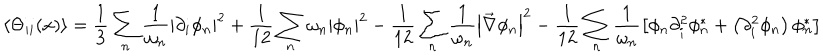
\left\langle \Theta _ { i i } ( x ) \right\rangle = \frac { 1 } { 3 } \sum _ { n } \frac { 1 } { \omega _ { n } } \left| \partial _ { i } \phi _ { n } \right| ^ { 2 } + \frac { 1 } { 1 2 } \sum _ { n } \omega _ { n } \left| \phi _ { n } \right| ^ { 2 } - \frac { 1 } { 1 2 } \sum _ { n } \frac { 1 } { \omega _ { n } } \left| \vec { \nabla } \phi _ { n } \right| ^ { 2 } - \frac { 1 } { 1 2 } \sum _ { n } \frac { 1 } { \omega _ { n } } \left[ \phi _ { n } \partial _ { i } ^ { 2 } \phi _ { n } ^ { * } + \left( \partial _ { i } ^ { 2 } \phi _ { n } \right) \phi _ { n } ^ { * } \right]